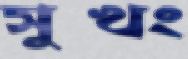
সুখং